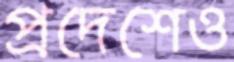
প্রদেশেও